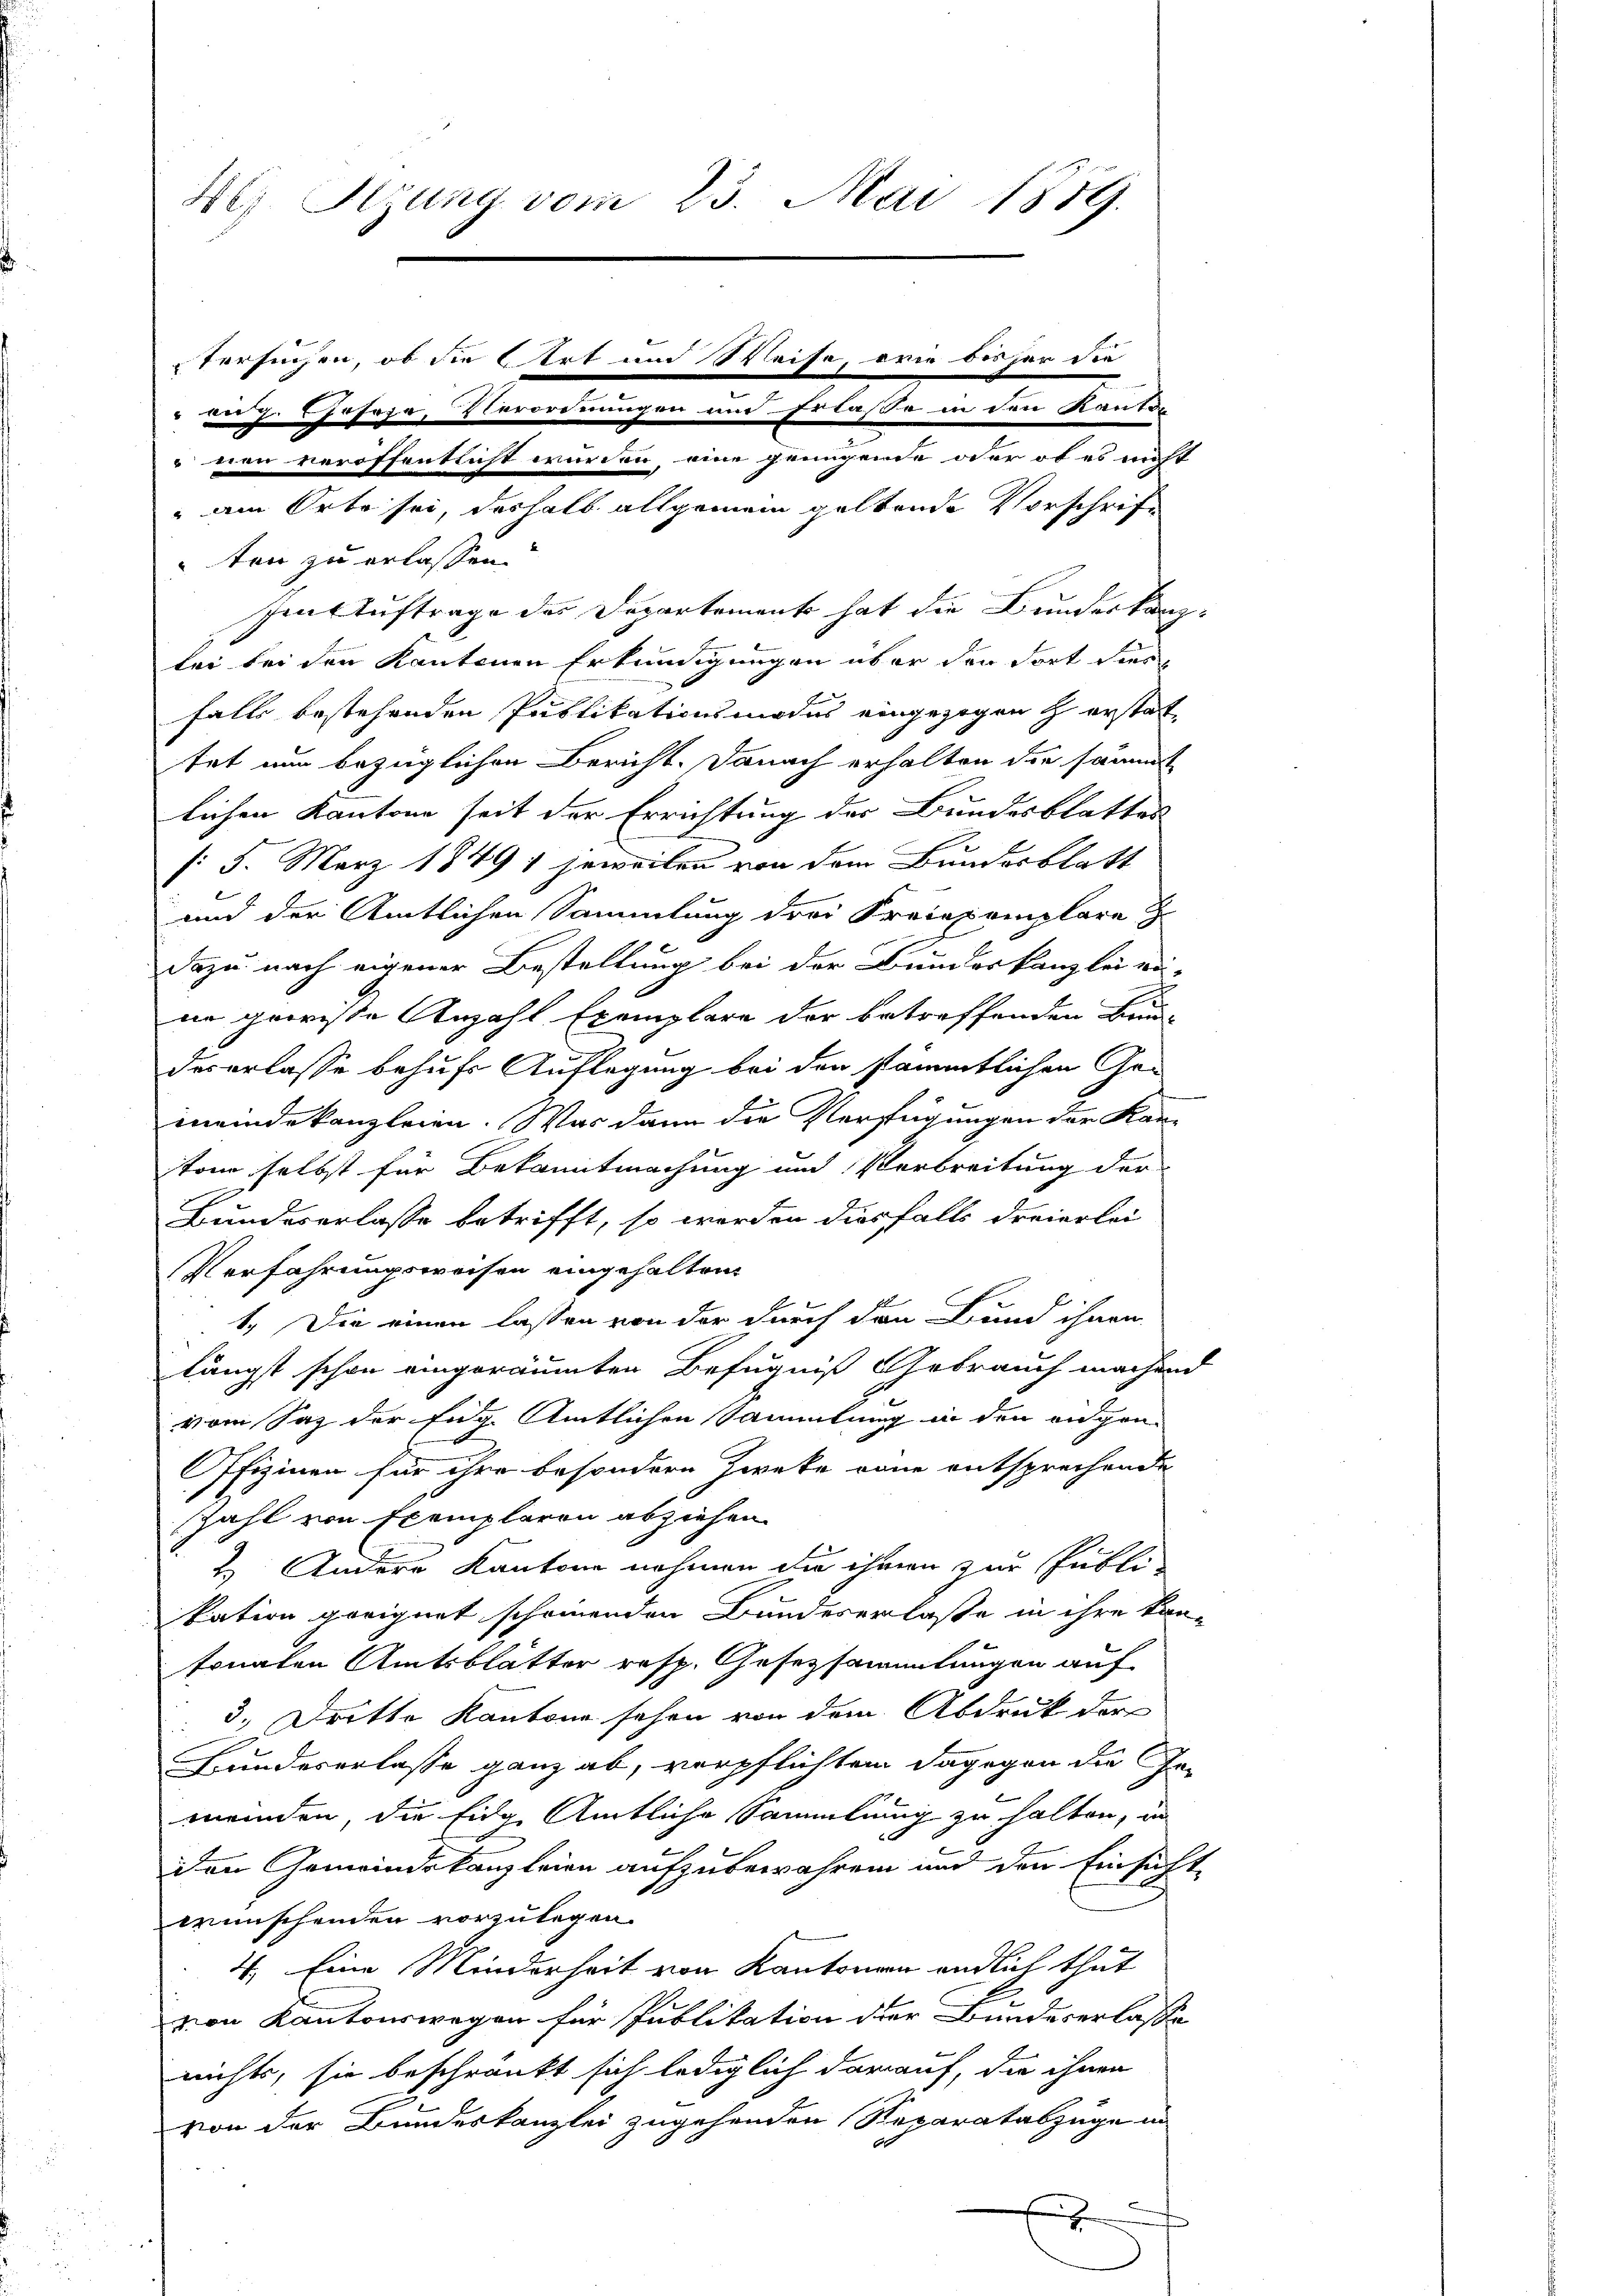
46) Stzung vom 23. Mai 1889.

tersuchen, ob die Art und Weise, orie bisher die
a 7 geseze, Verordnungen und Erlasse in den Kanto
 von veröffentlicht wurden, eine grungende oder ob es nicht
am Orte sei, deshalb allgemein geltende Vorschrift
ten zu erlassen.
Imstuftrage des Departement hat die Bundeskanz-
lei bei den Kantonen Erkundigungen über den dort dies

falls bestehenden Publikationsmodus eingezogen zerstattet nun bezüglichen Bericht. Danach erhalten die sämmt
lichen Kantone seit der Errichtung der Bundesblattes
/: 5. März 1849; jeweilen von dem Bundesblatt
und der Amtlichen Sammlung drei Freiexemplare
Dazu nach eigener Bestellung bei der Bundeskanzlei ein-
nn gewisse Anzahl Exemplare der betreffenden Bun-
l
des erlasse behufs Auflegung bei den sämmtlichen Ge-
meindekanzleien. Was dann die Verfügungen der Kan-
ton selbst für Bekanntmachung und Verbreitung der
Bundeserlasse betrifft, so worden diesfalls dreierlei
Verfahrungsweisen eingehalten.
1. Die einen lassen von der durch den Bund ihnen
längst schon eingeräumten Befugniß Gebrauch machend
J
vom Saz der Eng. Amtlichen Sammlung in den augen-
Offizinen für ihre besondern Zweke vone entsprechende
Zahl von Exemplaren abziehen.
2. Andere Kantone nehmen die ihmen zur Publi
kation geeignet scheinenden Bundeserlasse in ihre kan-
tonalen Amtsblätter resp. Gesetzsammlungen auf
3. Dritte Kantone sehen von dem Abdruck der
E
Bundeserlasse ganz ab, verpflichten dagegen die Gemeinden, die Eidg. Amtliche Sammlung zu halten, in
iden Gemeindskanzleien aufzubewahren und den Einsicht
wünschenden vorzulegen.
4. Eine Minderheit von Kantonen endlich thut
zion Kantonswegen für Publikation der Bundeserlasse
nichts, sie beschränkt sich lediglich darauf, die ihnen
von der Bundeskanzlei zugehenden Reparatabzüge in
x